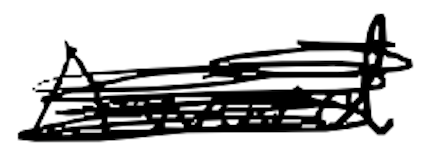
Text: Award
Cross-out: scratch
Writing tool: digital_black